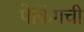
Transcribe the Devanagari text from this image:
पेकिंगची